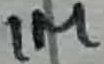
Text: 1M